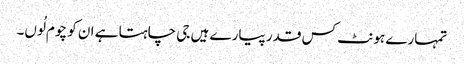
تمہارے ہونٹ کس قدر پیارے ہیں جی چاہتا ہے ان کو چوم لُوں۔